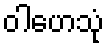
ဝါဟေသုံ